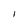
Character: l